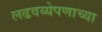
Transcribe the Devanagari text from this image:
लढवय्येपणाच्या